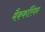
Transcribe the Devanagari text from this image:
मैककॉरियन